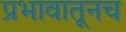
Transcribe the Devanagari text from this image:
प्रभावातूनच